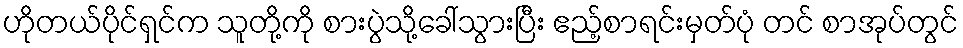
ဟိုတယ်ပိုင်ရှင်က သူတို့ကို စားပွဲသို့ခေါ်သွားပြီး ဧည့်စာရင်းမှတ်ပုံ တင် စာအုပ်တွင်